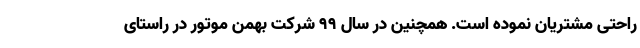
راحتی مشتریان نموده است. همچنین در سال 99 شرکت بهمن موتور در راستای